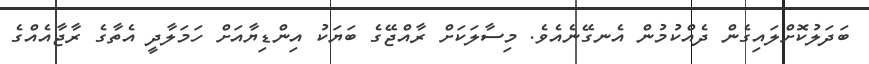
ބަދަލުކޮށްލައިގެން ދެއްކުމުން އެނގޭނެއެވެ. މިސާލަކަށް ރާއްޖޭގެ ބަޔަކު އިންޑިޔާއަށް ހަމަލާދީ އެތާގެ ރާޖާއެއްގެ